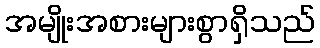
အမျိုးအစားများစွာရှိသည်